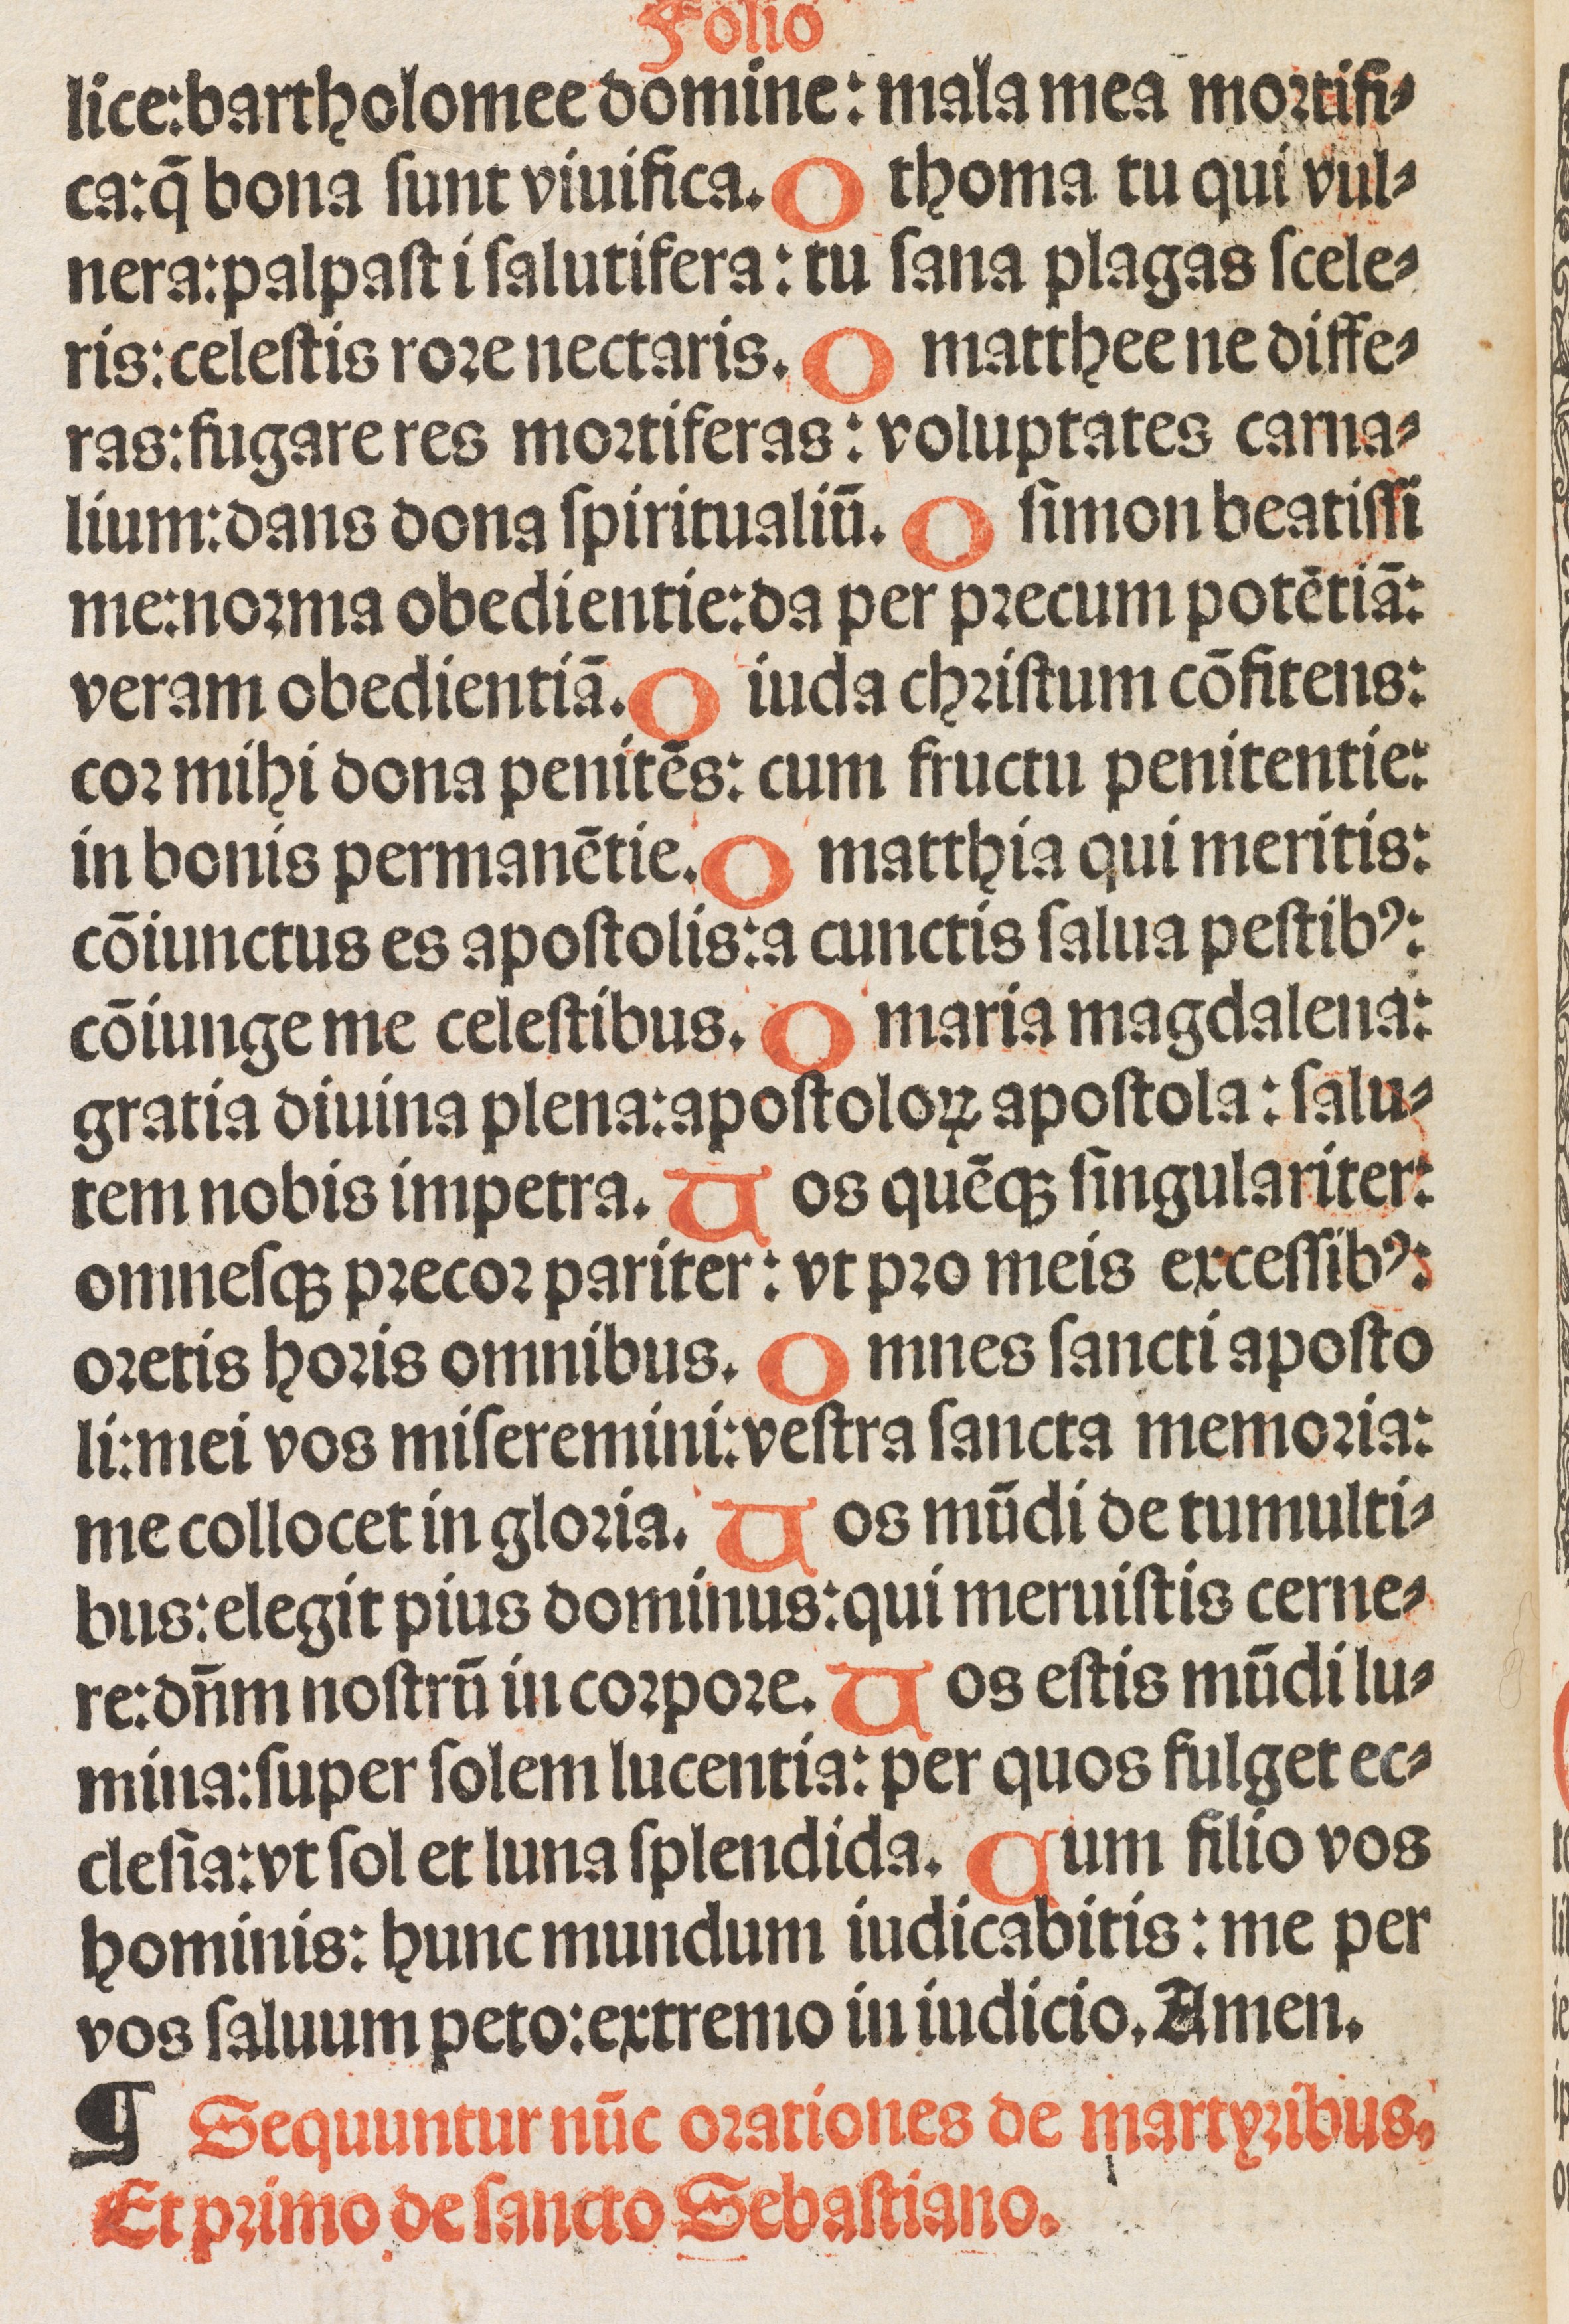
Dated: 1500–1524